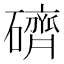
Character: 𥖭